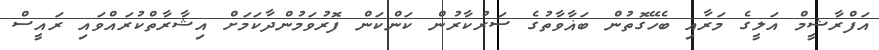
އަފްރާޝީމް އަލީގެ މަރާއި ބެހޭގޮތުން ބަޣާވާތުގެ ސަރުކާރުން ކަންކަން ފޮރުވަމުންދާކަމަށް އިޝާރާތްކުރައްވައި ރައީސް